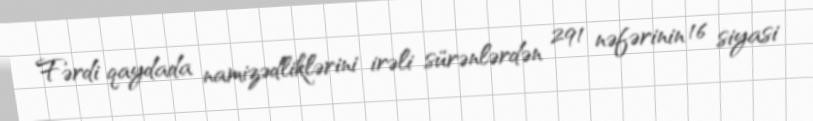
Fərdi qaydada namizədliklərini irəli sürənlərdən 291 nəfərinin 16 siyasi